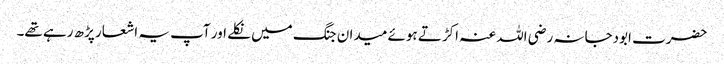
حضرت ابودجانہ رضی اللہ عنہ اکڑتے ہوئے میدان جنگ میں نکلے اور آپ یہ اشعار پڑھ رہے تھے۔